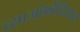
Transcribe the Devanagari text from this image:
त्साओफीदियान